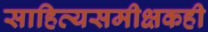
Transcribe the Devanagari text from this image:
साहित्यसमीक्षकही